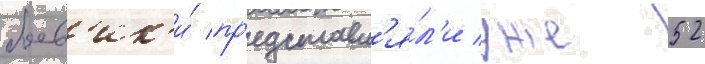
боев'ик'и́ пр'едставл'я́л'и уже 52